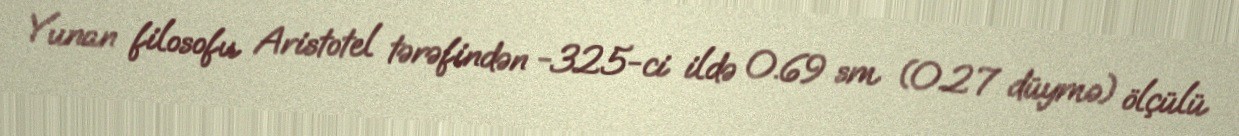
Yunan filosofu Aristotel tərəfindən -325-ci ildə 0.69 sm (0.27 düymə) ölçülü